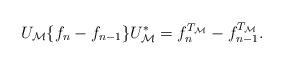
LaTeX: \begin{align*}U_\mathcal{M}\{f_{n}-f_{n-1}\} U_\mathcal{M}^* = f^{T_\mathcal{M}}_{n}-f^{T_\mathcal{M}}_{n-1}.\end{align*}